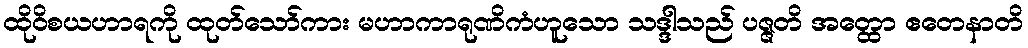
ထိုဝိစယဟာရကို ထုတ်သော်ကား မဟာကာရုဏိကံဟူသော သဒ္ဒါသည် ပဇ္ဇတိ အတ္ထော ဧတေနာတိ